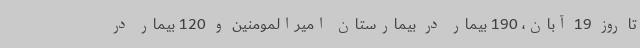
تا روز 19 آبان، 190 بیمار در بیمارستان امیرالمومنین و 120 بیمار در